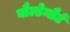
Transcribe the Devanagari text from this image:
वौल्डेमौर्ट